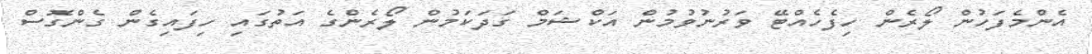
އެންމެފަހުން ލޯރެން ހިފެހެއްޓޭ ވަރުނުވުމުން އަކްޝަމް ގަދަކަމުން ލޯރެންގެ އަތުގައި ހިފައިގެން ގެންގޮސް